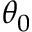
\theta _ { 0 }